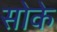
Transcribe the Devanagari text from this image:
सोके